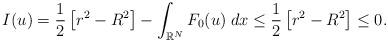
LaTeX: \begin{align*} I(u) = \dfrac{1}{2} \left[r^2 - R^2\right] - \int_{\mathbb{R}^N}F_0(u)\;dx \leq \dfrac{1}{2} \left[r^2 - R^2\right] \leq0. \end{align*}